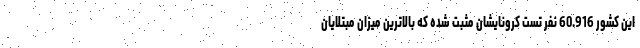
این کشور 60.916 نفر تست کرونایشان مثبت شده که بالاترین میزان مبتلایان